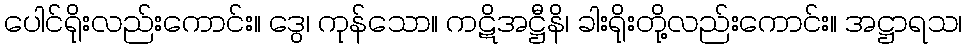
ပေါင်ရိုးလည်းကောင်း။ ဒွေ၊ ကုန်သော။ ကဋိအဋ္ဌီနိ၊ ခါးရိုးတို့လည်းကောင်း။ အဋ္ဌာရသ၊